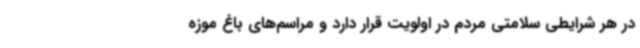
در هر شرایطی سلامتی مردم در اولویت قرار دارد و مراسم‌های باغ موزه